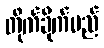
တိုက်ခိုက်မည်